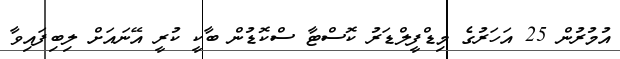
އުމުރުން 25 އަހަރުގެ މިޑްފީލްޑަރު ކޮސްޓާ ސްކޮޑުން ބާކީ ކުރީ އޭނައަށް ލިބިފައިވާ